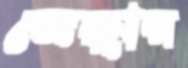
জেদ্দার